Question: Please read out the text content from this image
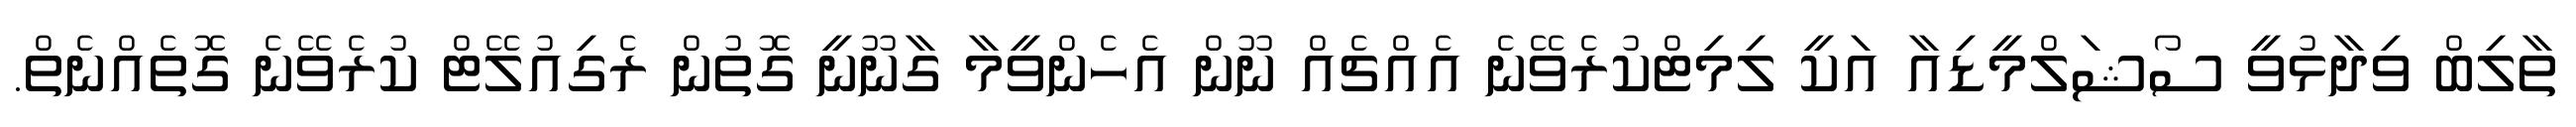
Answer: ތާލިބް ވިދާޅުވީ ސޯޝަލްމީޑިއާ އަކީ ލިމިޓްކުރެވޭނެ އެއްޗެއް ނޫން އެހެންވީމާ ގާނޫނީ ގޮތުން ރެގިއުލޭޓް ކުރެވޭނެ ގޮތެއްނެތް.